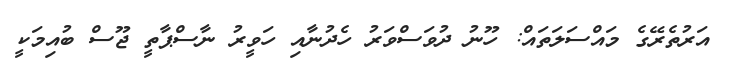
އަރުތެރޭގެ މައްސަލަތައް: ހޫނު ދުވަސްވަރު ހެދުނާއި ހަވީރު ނާސްޕާތީ ޖޫސް ބުއިމަކީ